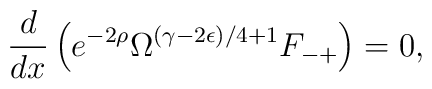
\frac{d}{dx}\left(e^{-2\rho} \Omega^{(\gamma -2\epsilon)/4 +1} F_{-+} \right)=0,